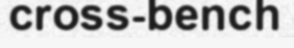
cross-bench